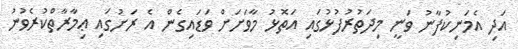
އަދި އެމަނިކުފާނު ވަނީ މިދަތުރުފުޅުގައި އަތޮޅު މާވަށަށް ވަޑައިގެން އެ ރަށުގައި ޢިމާރާތްކުރެވުނު